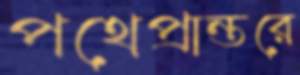
পথেপ্রান্তরে